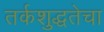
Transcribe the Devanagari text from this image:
तर्कशुद्धतेचा